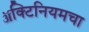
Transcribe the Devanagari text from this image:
ॲक्टिनियमचा